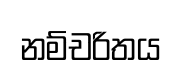
නම්චරිතය